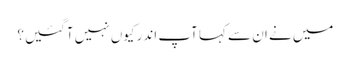
میں‌ نے ان سے کہا آپ اندر کیوں‌ نہیں‌ آگئیں؟